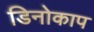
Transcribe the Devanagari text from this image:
डिनोकाप